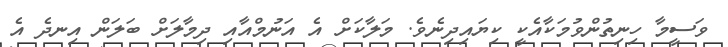
ވަސީމާ ހިނިތުންވުމަކާއެކީ ކިޔައިދިނެވެ. މަލާކަށް އެ އަނުމްއާއި ދިމާލަށް ބަލަން އިނދެ އެ